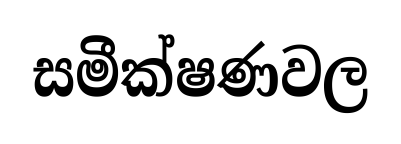
සමීක්ෂණවල